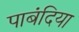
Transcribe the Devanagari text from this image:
पाबंदिया